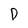
Character: D